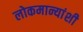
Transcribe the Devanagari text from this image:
लोकमान्यांशी